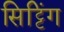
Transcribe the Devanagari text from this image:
सिट्टिंग